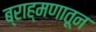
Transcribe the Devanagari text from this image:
ब्राह्मणातून